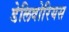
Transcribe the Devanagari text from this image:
डेलिवोरियस